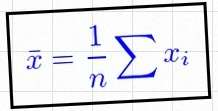
\bar{x}=\frac1n\sum x_i